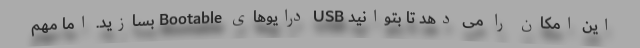
این امکان را می دهد تا بتوانید USB درایوهای Bootable بسازید. اما مهم